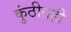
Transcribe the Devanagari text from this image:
कुंठीतही